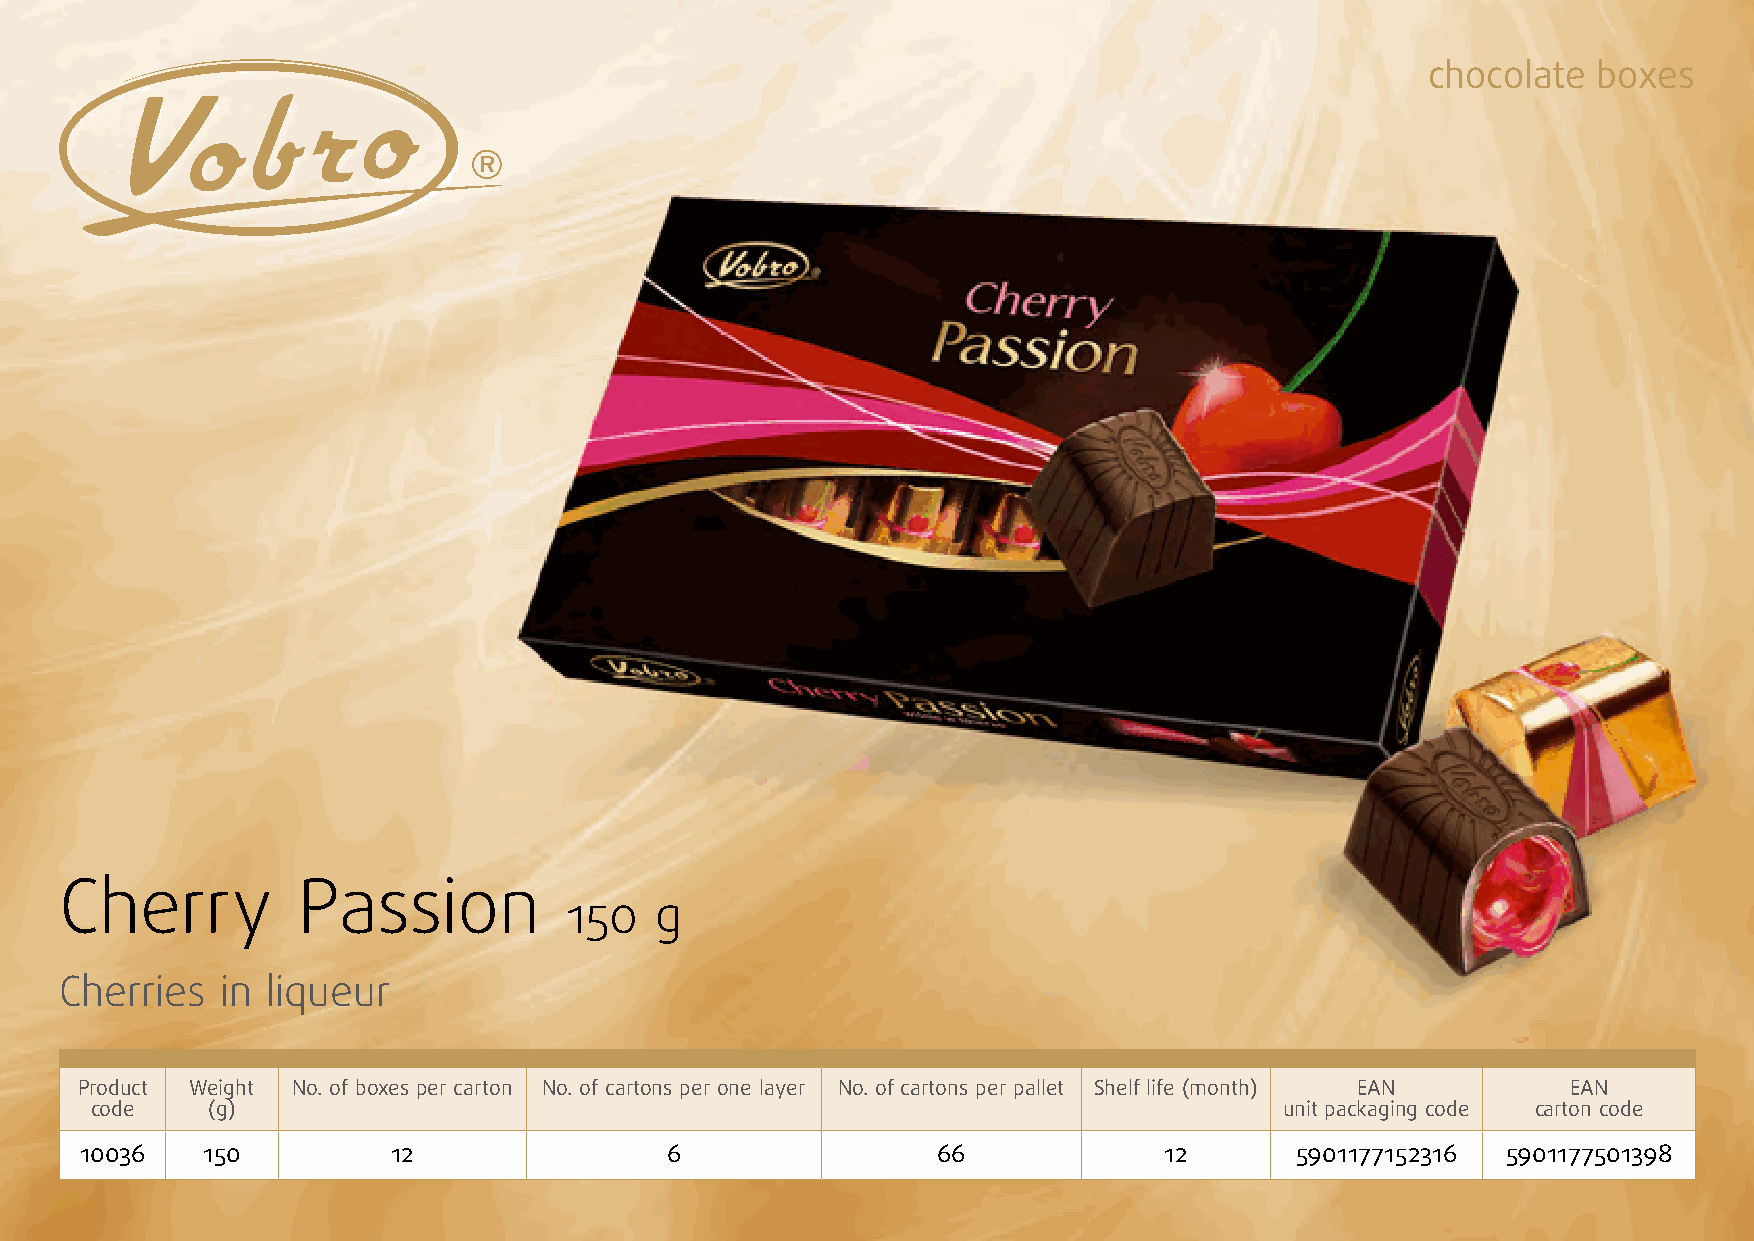
chocolate  boxes
 Cherry          Passion
 150   g
 Cherries   in liqueur
 Product Weight No. of boxes per carton No. of cartons per one layer No. of cartons per pallet Shelf life (month) EAN EAN
 code    (g)                                                                    unit packaging code carton code
 10036   150          12                6                 66             12       5901177152316 5901177501398